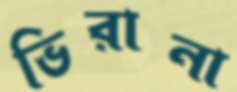
ভিরানা